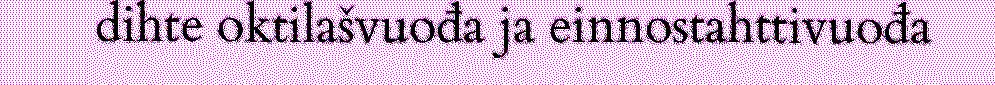
dihte oktilašvuođa ja einnostahttivuođa